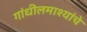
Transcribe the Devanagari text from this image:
गांधीलमाश्यांचे